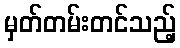
မှတ်တမ်းတင်သည့်